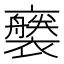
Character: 𧞚